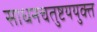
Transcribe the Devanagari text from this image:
साधनचतुष्टययुक्त